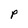
Character: P